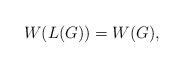
\begin{align*} W(L(G))=W(G),\end{align*}